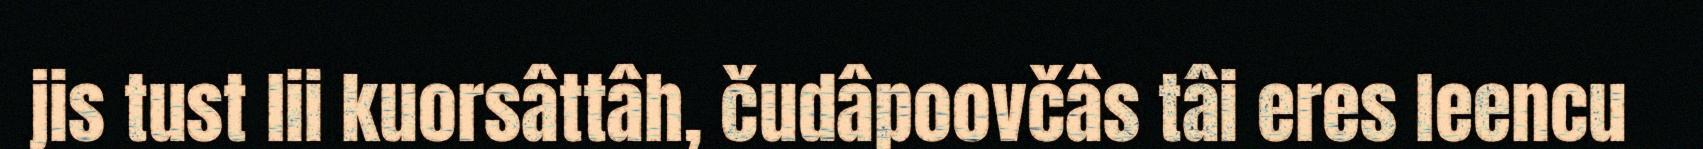
jis tust lii kuorsâttâh, čudâpoovčâs tâi eres leencu